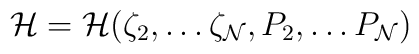
{\cal H} = {\cal H}(\zeta_2,\dots \zeta_{\cal N}, P_2, \dots P_{\cal N})